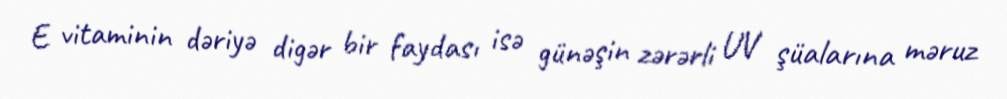
E vitaminin dəriyə digər bir faydası isə günəşin zərərli UV şüalarına məruz